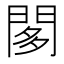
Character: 𨴢